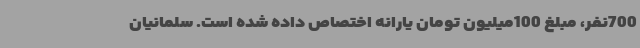
700نفر، مبلغ 100میلیون تومان یارانه اختصاص داده شده است. سلمانیان